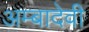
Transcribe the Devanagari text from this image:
अम्बादेवी